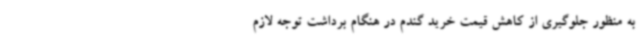
به‌ منظور جلوگیری از کاهش قیمت خرید گندم در هنگام برداشت توجه لازم